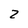
Character: 2